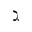
\gimel